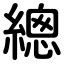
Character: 總